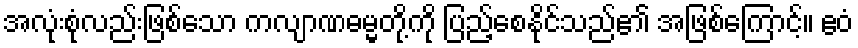
အလုံးစုံလည်းဖြစ်သော ကလျာဏဓမ္မတို့ကို ပြည့်စေနိုင်သည်၏ အဖြစ်ကြောင့်။ ဧဝံ